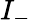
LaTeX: I_{-}